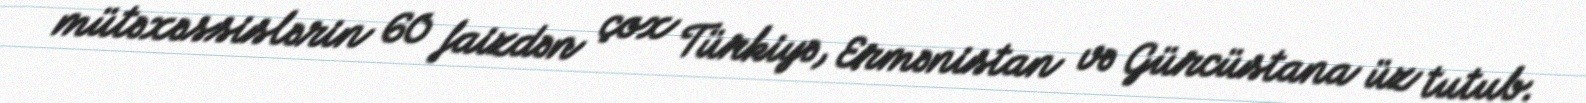
mütəxəssislərin 60 faizdən çox Türkiyə, Ermənistan və Gürcüstana üz tutub.